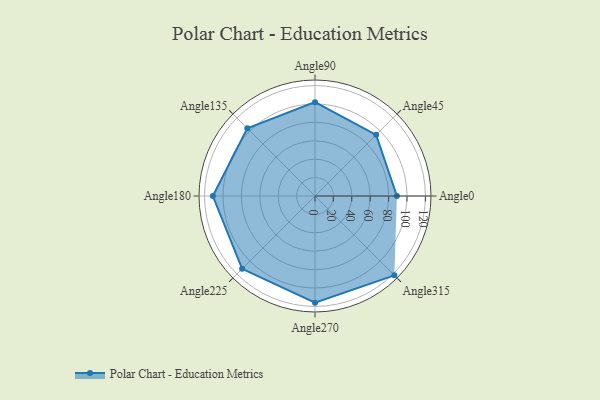
{"axis": {"x": "Angle", "y": "Radius"}, "legend": [""], "data": [{"x": "Angle0", "y": 89.0, "type": ""}, {"x": "Angle45", "y": 94.0, "type": ""}, {"x": "Angle90", "y": 102.0, "type": ""}, {"x": "Angle135", "y": 104.0, "type": ""}, {"x": "Angle180", "y": 111.0, "type": ""}, {"x": "Angle225", "y": 112.0, "type": ""}, {"x": "Angle270", "y": 116.0, "type": ""}, {"x": "Angle315", "y": 122.0, "type": ""}]}